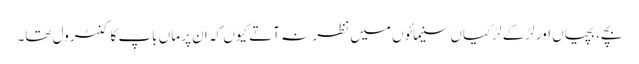
بچے، بچیاں اور لڑکے لڑکیاں سنیمائوں میں نظر نہ آتے کیوں کہ ان پر ماں باپ کا کنٹرول تھا۔